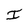
Character: I